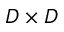
D \times D